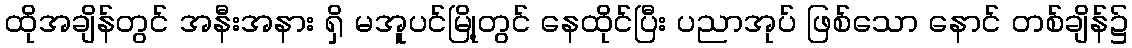
ထိုအချိန်တွင် အနီးအနား ရှိ မအူပင်မြို့တွင် နေထိုင်ပြီး ပညာအုပ် ဖြစ်သော နောင် တစ်ချိန်၌